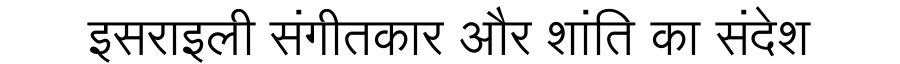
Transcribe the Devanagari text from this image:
इसराइली संगीतकार और शांति का संदेश